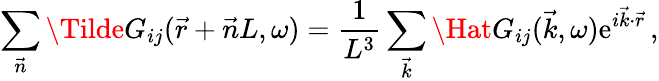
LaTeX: \sum_{\vec{n}}\Tilde{G}_{ij}(\vec{r}+\vec{n}L,\omega)=\frac{1}{L^{3}}\sum_{\vec{k}}\Hat{G}_{ij}(\vec{k},\omega)\mathrm{e}^{i\vec{k}\cdot\vec{r}}\, ,